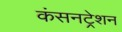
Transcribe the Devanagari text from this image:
कंसनट्रेशन